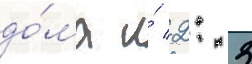
до́ма и́ 2: 3